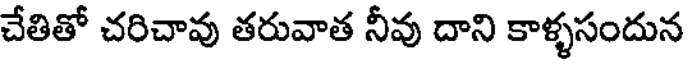
చేతితో చరిచావు తరువాత నీవు దాని కాళ్ళసందున